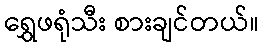
ရွှေဖရုံသီး စားချင်တယ်။